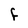
Character: F